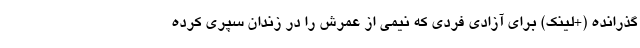
گذرانده (+لینک) برای آزادی فردی که نیمی از عمرش را در زندان سپری کرده